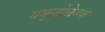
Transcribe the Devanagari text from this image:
यकृतोत्तेजक